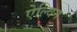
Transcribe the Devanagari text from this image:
ऐल्विन